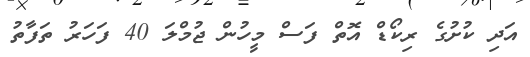
އަދި ކުށުގެ ރިކޯޑް އޮތް ފަސް މީހުން ޖުމްލަ 40 ފަހަރު ތަފާތު